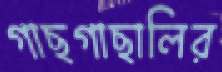
গাছগাছালির